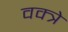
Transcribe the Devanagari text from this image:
वक्त्रे